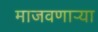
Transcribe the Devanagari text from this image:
माजवणाऱ्या